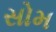
સોમ